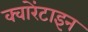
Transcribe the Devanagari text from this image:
क्वारेंटाइन